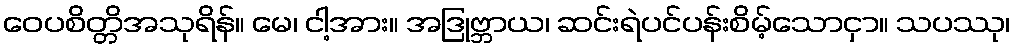
ဝေပစိတ္တိအသုရိန်။ မေ၊ ငါ့အား။ အဒြုဗ္ဘာယ၊ ဆင်းရဲပင်ပန်းစိမ့်သောငှာ။ သပဿု၊